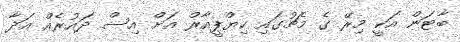
ބާޓަން އަކީ މިރޭ ގެ މެޗުގައި ކިޔްޕީއާރް އަށް އިސް ދައުރެއް އަދާ